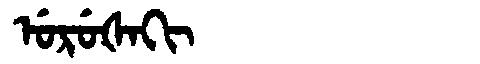
Manchu: ᡠᡵᡠᡧᠠᡴᡳ
Romanization: URUŠAKI